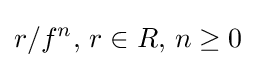
r/f^{n},\,r\in R,\,n\geq 0